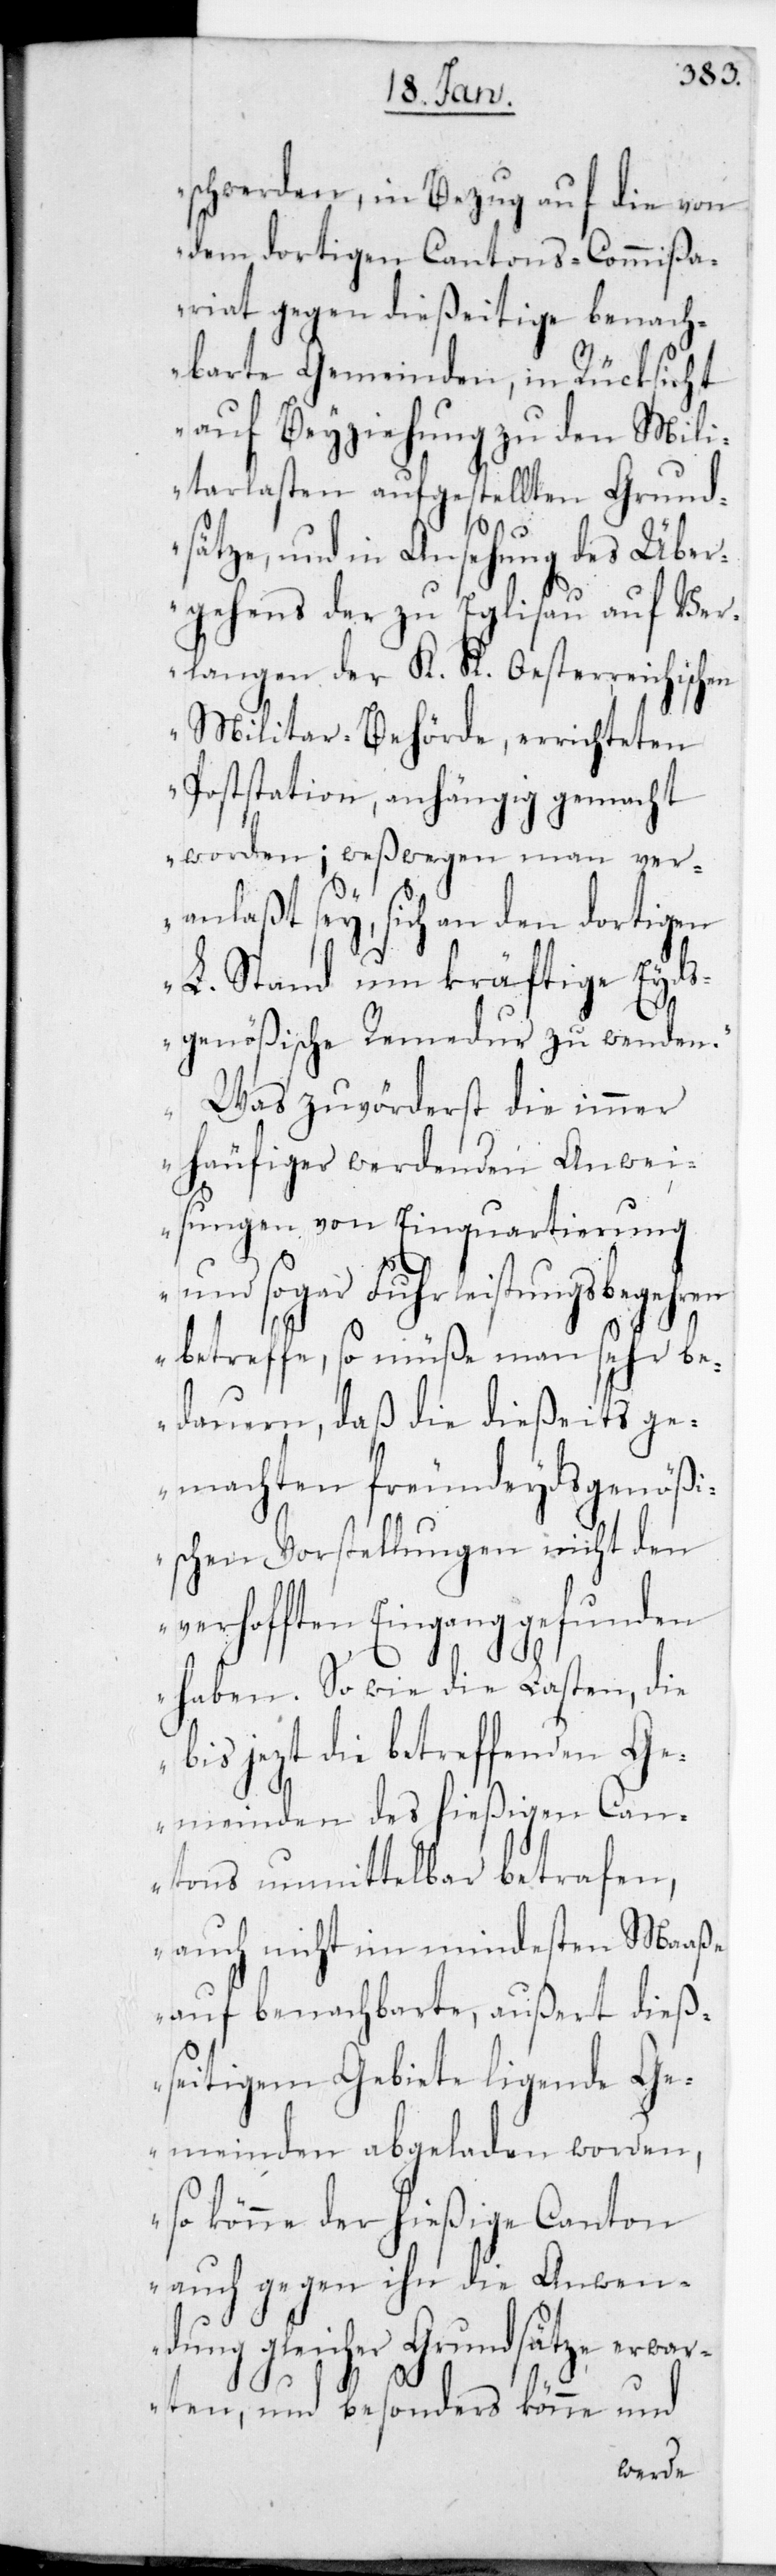
schwerden, in Bezug auf die von
dem dortigen Cantons-Commißa¬
riat gegen dießeitige benach¬
barte Gemeinden, in Rücksicht
auf Beyziehung zu den Mili¬
tarlasten aufgestellten Grund¬
sätze, und in Ansehung des Über¬
gehens der zu Eglisau auf Ver¬
langen der K. K. Oesterreichischen
Militar-Behörde, errichteten
Poststation, anhängig gemacht
worden; weswegen man ver¬
anlaßt sey, sich an den dortigen
L. Stand um kräftige Eyd¬
sgenößische Remedur zu wenden.
Was zuvörderst die immer
v¬
häufiger werdenden Anwei¬
sungen von Einquartierung
und sogar Fuhrleistungs-Begehren
betreffe, so müße man sehr be¬
dauern, daß die dießeits ge¬
machten freundeydsgenößi¬
schen Vorstellungen nicht den
erhofften Eingang gefunden
haben. So wie die Lasten, die
bis jetzt die betreffenden Ge¬
meinden des hießigen Can¬
tons unmittelbar betrafen,
auch nicht im mindesten Maaße
auf benachbarte, außer dieß¬
eitigem Gebiete ligende Ge¬
meinden abgeladen worden,
so könne der hießige Canton
auch gegen ihn die Anwen¬
dung gleicher Grundsätze erwar¬
ten und besonders könne und